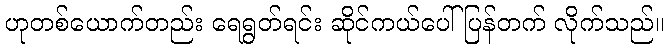
ဟုတစ်ယောက်တည်း ရေရွတ်ရင်း ဆိုင်ကယ်ပေါ်ပြန်တက် လိုက်သည်။